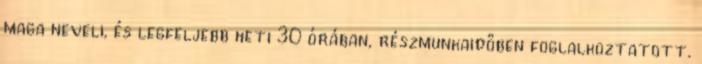
maga neveli, és legfeljebb heti 30 órában, részmunkaidőben foglalkoztatott.